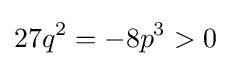
27q^{2}=-8p^{3}>0